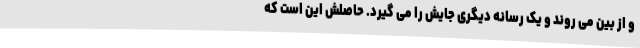
و از بین می روند و یک رسانه دیگری جایش را می گیرد. حاصلش این است که